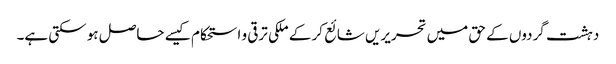
دہشت گردوں کے حق میں تحریریں شائع کر کے ملکی ترقی و استحکام کیسے حاصل ہو سکتی ہے۔